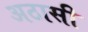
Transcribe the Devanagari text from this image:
अठासी